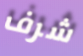
شرف